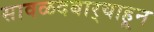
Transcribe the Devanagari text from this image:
सावळदबार्‍याहून